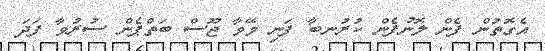
އެގޮތުން ފެން ލޮނުފެން ކުރުނބާ ފަނި މޭވާ ޖޫސް ބަތްޕެން ސުރުވާ ފަދަ